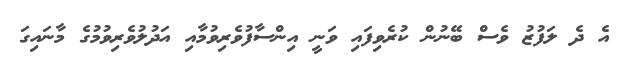
އެ ދެ ލަފުޒު ވެސް ބޭނުން ކުރެވިފައި ވަނީ އިންސާފުވެރިވުމާއި އަދުލުވެރިވުމުގެ މާނައިގަ